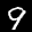
Label: 9